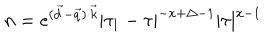
n = e ^ { ( \vec { d } - \vec { q } ) \cdot \vec { k } } | \tau _ { 1 } - \tau | ^ { - x + \Delta - 1 } | \tau | ^ { x - 1 }